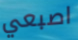
اصبعي